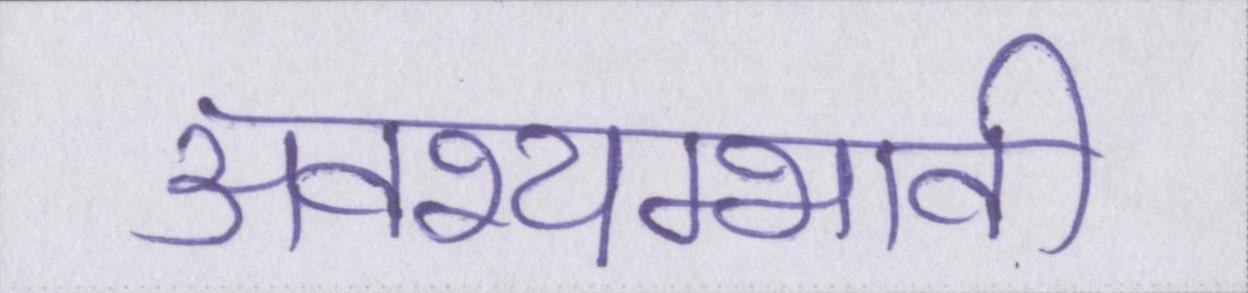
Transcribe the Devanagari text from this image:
अवश्यम्भावी